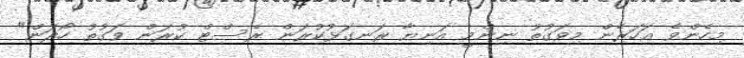
މިހެންވެ އަހަރެން މިވަގުތު ނިންމީ އަނިޔާ ރަނގަޅުކުރަން ރެސްޓް ކުރަން ވަގުތު ހޯދަން"